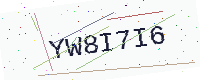
Text: YW8I7I6